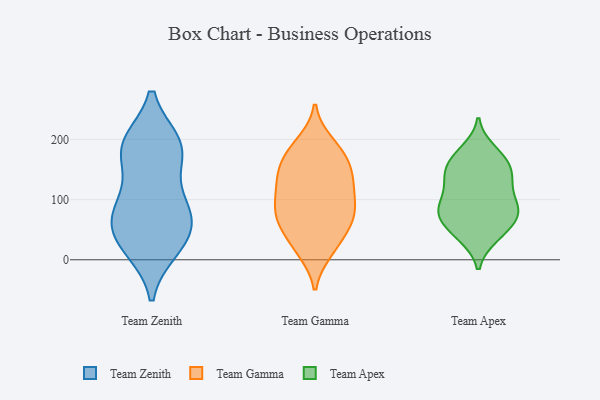
{"axis": {"x": "Population (Million)", "y": "Value"}, "legend": ["Team Apex", "Team Gamma", "Team Zenith"], "data": [{"x": "", "y": 193, "type": "Team Zenith"}, {"x": "", "y": 192, "type": "Team Zenith"}, {"x": "", "y": 171, "type": "Team Zenith"}, {"x": "", "y": 22, "type": "Team Zenith"}, {"x": "", "y": 194, "type": "Team Zenith"}, {"x": "", "y": 22, "type": "Team Zenith"}, {"x": "", "y": 195, "type": "Team Zenith"}, {"x": "", "y": 89, "type": "Team Zenith"}, {"x": "", "y": 77, "type": "Team Zenith"}, {"x": "", "y": 60, "type": "Team Zenith"}, {"x": "", "y": 92, "type": "Team Zenith"}, {"x": "", "y": 142, "type": "Team Zenith"}, {"x": "", "y": 52, "type": "Team Zenith"}, {"x": "", "y": 17, "type": "Team Zenith"}, {"x": "", "y": 70, "type": "Team Zenith"}, {"x": "", "y": 114, "type": "Team Gamma"}, {"x": "", "y": 70, "type": "Team Gamma"}, {"x": "", "y": 137, "type": "Team Gamma"}, {"x": "", "y": 15, "type": "Team Gamma"}, {"x": "", "y": 162, "type": "Team Gamma"}, {"x": "", "y": 138, "type": "Team Gamma"}, {"x": "", "y": 132, "type": "Team Gamma"}, {"x": "", "y": 167, "type": "Team Gamma"}, {"x": "", "y": 119, "type": "Team Gamma"}, {"x": "", "y": 63, "type": "Team Gamma"}, {"x": "", "y": 23, "type": "Team Gamma"}, {"x": "", "y": 22, "type": "Team Gamma"}, {"x": "", "y": 60, "type": "Team Gamma"}, {"x": "", "y": 72, "type": "Team Gamma"}, {"x": "", "y": 188, "type": "Team Gamma"}, {"x": "", "y": 74, "type": "Team Gamma"}, {"x": "", "y": 100, "type": "Team Gamma"}, {"x": "", "y": 193, "type": "Team Gamma"}, {"x": "", "y": 171, "type": "Team Gamma"}, {"x": "", "y": 83, "type": "Team Gamma"}, {"x": "", "y": 39, "type": "Team Apex"}, {"x": "", "y": 135, "type": "Team Apex"}, {"x": "", "y": 128, "type": "Team Apex"}, {"x": "", "y": 182, "type": "Team Apex"}, {"x": "", "y": 154, "type": "Team Apex"}, {"x": "", "y": 87, "type": "Team Apex"}, {"x": "", "y": 142, "type": "Team Apex"}, {"x": "", "y": 96, "type": "Team Apex"}, {"x": "", "y": 124, "type": "Team Apex"}, {"x": "", "y": 171, "type": "Team Apex"}, {"x": "", "y": 46, "type": "Team Apex"}, {"x": "", "y": 97, "type": "Team Apex"}, {"x": "", "y": 77, "type": "Team Apex"}, {"x": "", "y": 73, "type": "Team Apex"}, {"x": "", "y": 72, "type": "Team Apex"}, {"x": "", "y": 151, "type": "Team Apex"}, {"x": "", "y": 83, "type": "Team Apex"}, {"x": "", "y": 172, "type": "Team Apex"}, {"x": "", "y": 67, "type": "Team Apex"}, {"x": "", "y": 38, "type": "Team Apex"}]}